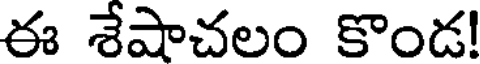
ఈ శేషాచలం కొండ!